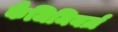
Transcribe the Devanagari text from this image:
कैजिमियर्ज़